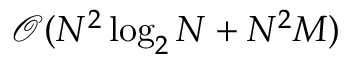
\mathcal { O } ( N ^ { 2 } \log _ { 2 } N + N ^ { 2 } M )